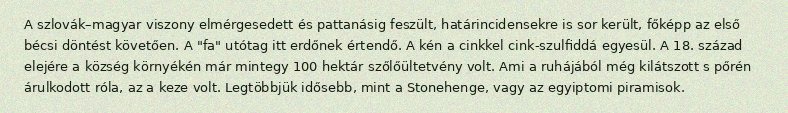
A szlovák–magyar viszony elmérgesedett és pattanásig feszült, határincidensekre is sor került, főképp az első bécsi döntést követően. A "fa" utótag itt erdőnek értendő. A kén a cinkkel cink-szulfiddá egyesül. A 18. század elejére a község környékén már mintegy 100 hektár szőlőültetvény volt. Ami a ruhájából még kilátszott s pőrén árulkodott róla, az a keze volt. Legtöbbjük idősebb, mint a Stonehenge, vagy az egyiptomi piramisok.